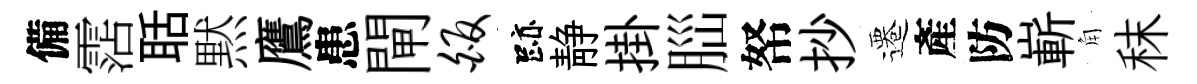
備霑聒黙鷹患閘皈跡静掛𦛁帑抄遷產防嶄角秣